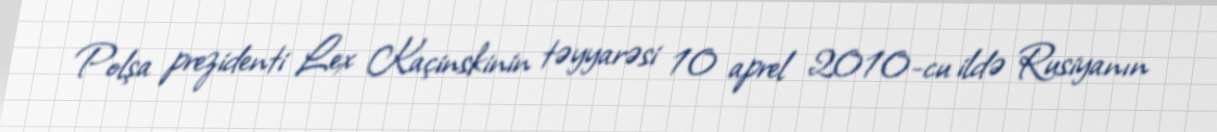
Polşa prezidenti Lex Kaçinskinin təyyarəsi 10 aprel 2010-cu ildə Rusiyanın